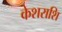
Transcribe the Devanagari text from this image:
केशराशि